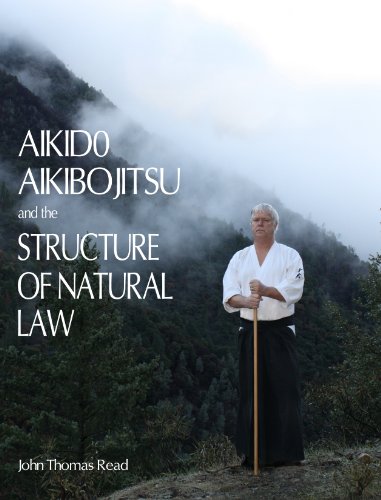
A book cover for Aikido, Aikibojitsu, and the Structure of Natural Law; John Thomas Read; Law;